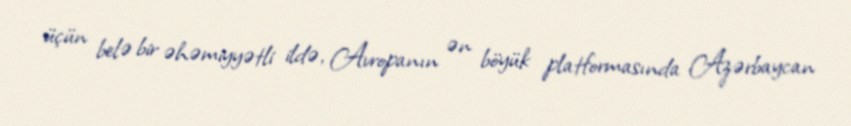
üçün belə bir əhəmiyyətli ildə, Avropanın ən böyük platformasında Azərbaycan